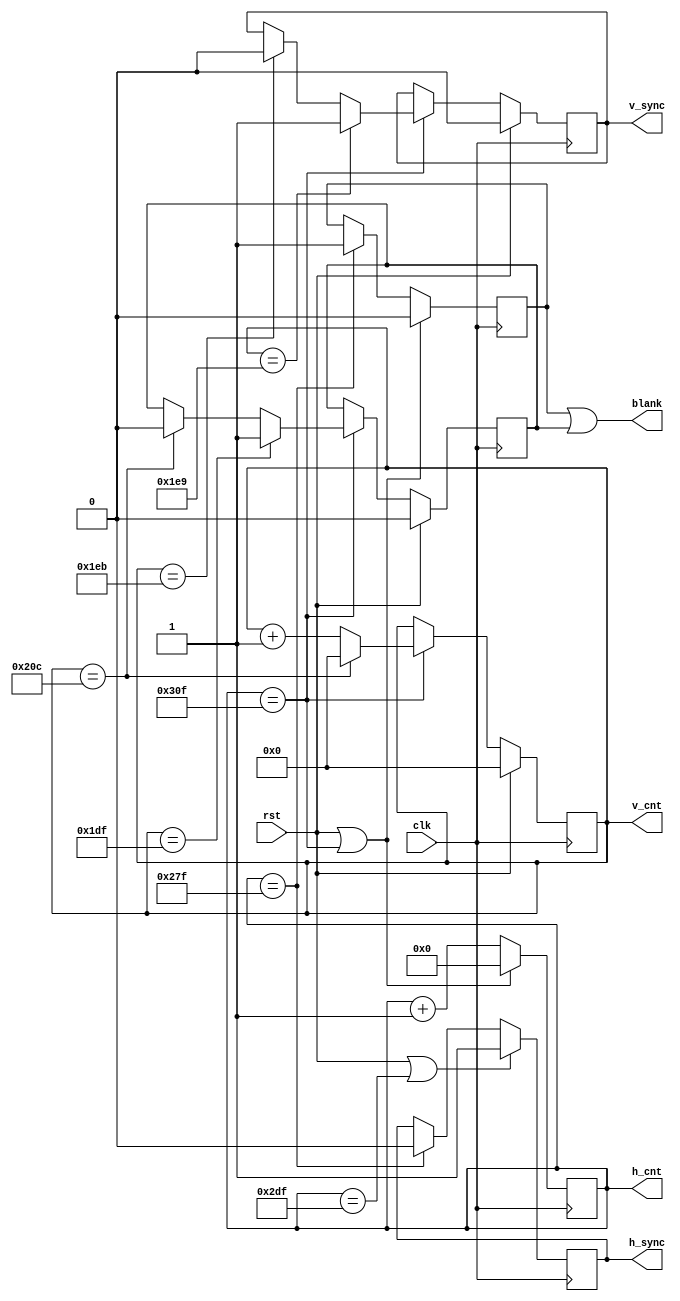
module pixel_timings(
//rajel s reset.
 input wire clk, //Pixel rajel bemenet.
 input wire rst, //Reset bemenet.

 //Az aktulis pixel pozci.
 output reg [10:0] h_cnt = 11'd0, //X-koordinta.
 output reg [9:0] v_cnt = 10'd0, //Y-koordinta.

 //Szinkron s kiolt jelek.
 output reg h_sync = 1'b1, //Horizontlis szinkron pulzus.
 output reg v_sync = 1'b0, //Vertiklis szinkron pulzus.
 output wire blank //Kiolt jel.
    );
    
localparam H_VISIBLE = 11'd640;
localparam H_FRONT_PORCH = 4'd16;
localparam H_SYNC_PULSE = 11'd96;
localparam H_BACK_PORCH = 11'd48;
localparam V_VISIBLE = 10'd480;
localparam V_FRONT_PORCH = 10'd10;
localparam V_SYNC_PULSE = 10'd2;
localparam V_BACK_PORCH = 10'd33;
localparam H_BLANK_BEGIN = H_VISIBLE - 1;
localparam H_SYNC_BEGIN = H_BLANK_BEGIN + H_FRONT_PORCH;
localparam H_SYNC_END = H_SYNC_BEGIN + H_SYNC_PULSE;
localparam H_BLANK_END = H_SYNC_END + H_BACK_PORCH;
localparam V_BLANK_BEGIN = V_VISIBLE - 1;
localparam V_SYNC_BEGIN = V_BLANK_BEGIN + V_FRONT_PORCH;
localparam V_SYNC_END = V_SYNC_BEGIN + V_SYNC_PULSE;
localparam V_BLANK_END = V_SYNC_END + V_BACK_PORCH;

//******************************************************************************
//* A horizontlis s vertiklis szmllk. *
//******************************************************************************
always @(posedge clk)
begin
 if (rst || (h_cnt == H_BLANK_END))
    h_cnt <= 12'd0;
 else
    h_cnt <= h_cnt + 12'd1;
end
always @(posedge clk)
begin
 if (rst)
     v_cnt <= 11'd0;
 else
 if (h_cnt == H_BLANK_END)
     if (v_cnt == V_BLANK_END)
        v_cnt <= 11'd0;
     else
        v_cnt <= v_cnt + 11'd1;
end

//******************************************************************************
//* A szinkron pulzusok generlsa. *
//******************************************************************************
always @(posedge clk)
begin
 if (rst || (h_cnt == H_SYNC_END))
    h_sync <= 1'b1;
 else
    if (h_cnt == H_SYNC_BEGIN)
    h_sync <= 1'b0;
end
always @(posedge clk)
begin
 if (rst)
    v_sync <= 1'b0;
 else
    if (h_cnt == H_BLANK_END)
        if (v_cnt == V_SYNC_BEGIN)
            v_sync <= 1'b1;
    else
        if (v_cnt == V_SYNC_END)
            v_sync <= 1'b0;
end
//******************************************************************************
//* A kiolt jel ellltsa. *
//******************************************************************************
reg h_blank = 1'b0;
reg v_blank = 1'b0;
always @(posedge clk)
begin
 if (rst || (h_cnt == H_BLANK_END))
    h_blank <= 1'b0;
 else
    if (h_cnt == H_BLANK_BEGIN)
        h_blank <= 1'b1;
end

always @(posedge clk)
begin
 if (rst)
    v_blank <= 1'b0;
 else
    if (h_cnt == H_BLANK_END)
        if (v_cnt == V_BLANK_BEGIN)
            v_blank <= 1'b1;
    else
        if (v_cnt == V_BLANK_END)
        v_blank <= 1'b0;
end

assign blank = h_blank | v_blank;
endmodule